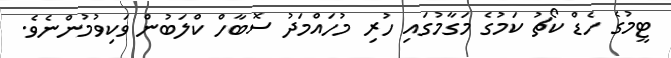
ޓީމުގެ ހެޑް ކޯޗު ކަމުގެ މަގާމުގައި ހުރި މުހައްމަދު ސޮބާހް ކްލަބުން ވަކިވުމުންނެވެ.